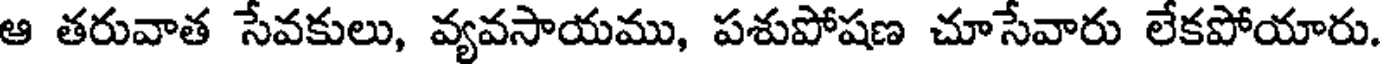
ఆ తరువాత సేవకులు, వ్యవసాయము, పశుపోషణ చూసేవారు లేకపోయారు.